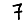
Digit: 7